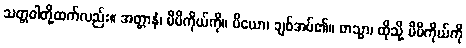
သတ္တဝါတို့ထက်လည်း။ အတ္တာနံ၊ မိမိကိုယ်ကို။ ပိယော၊ ချစ်အပ်၏။ တသ္မာ၊ ထိုသို့ မိမိကိုယ်ကို